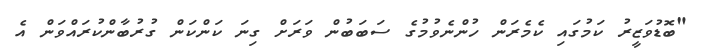
"ބޮޑުވަޒީރު ކަމުގައި ކެމެރަން ހުންނެވުމުގެ ސަބަބުން ވަރަށް ގިނަ ކަންކަން ގުރުބާންކުރައްވަން އެ